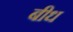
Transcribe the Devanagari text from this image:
बीध